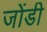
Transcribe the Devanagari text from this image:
जोंडी